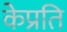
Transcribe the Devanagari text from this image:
केप्रति